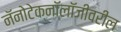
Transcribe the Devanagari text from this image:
नॅनोटेक्नॉलॉजीवरील